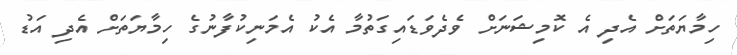
ހިމާޔަތަށް އެދި އެ ކޮމިޝަނަށް ވެދެވަޑައިގަތުމާ އެކު އެމަނިކުފާނުގެ ހިމާޔަތަށް އެދި އަޑު